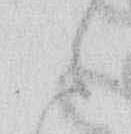
候